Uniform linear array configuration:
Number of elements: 16
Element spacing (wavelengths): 0.25
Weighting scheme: uniform
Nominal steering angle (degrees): -30
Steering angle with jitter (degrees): -31.256
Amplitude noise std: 0.05
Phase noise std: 0.05

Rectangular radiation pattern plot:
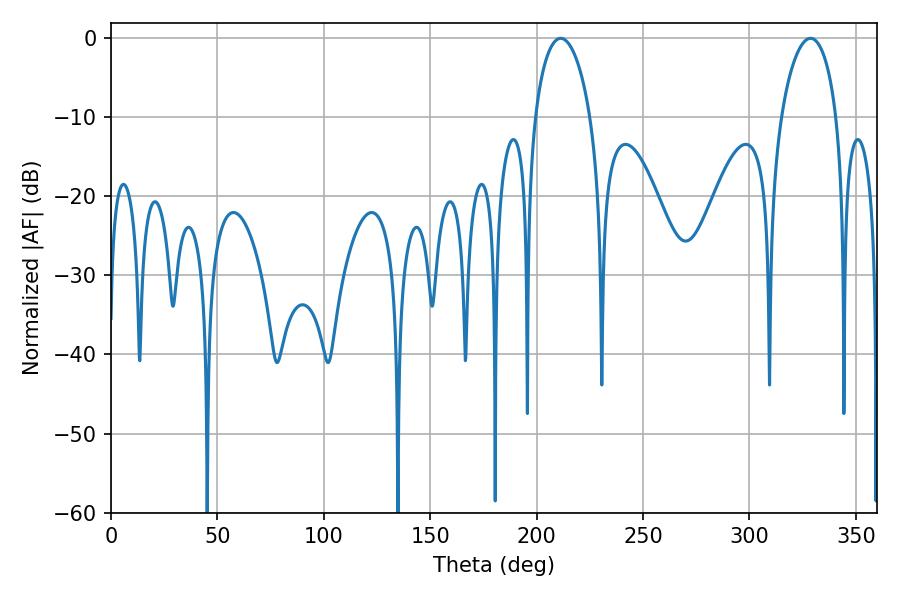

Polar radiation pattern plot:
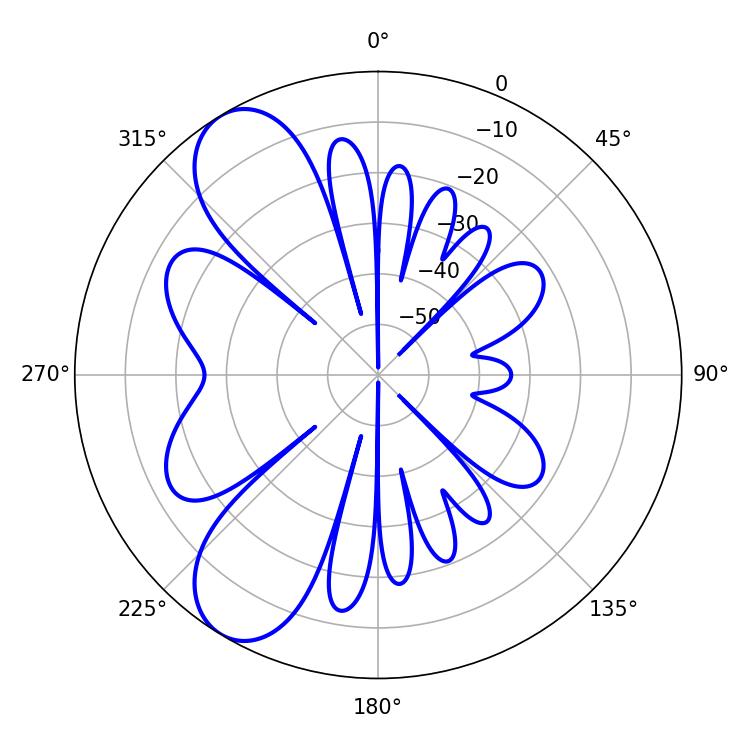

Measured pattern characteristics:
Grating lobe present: FALSE
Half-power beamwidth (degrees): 14.94
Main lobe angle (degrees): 211.32